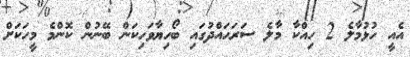
އެއީ ހުޅުމާލެ 2 ހިއްކާ މާލެ ސަރަހައްދުގައި ބޯހިޔާވަހިކަން ބޭނުން ކޮންމެ މީހަކަށް